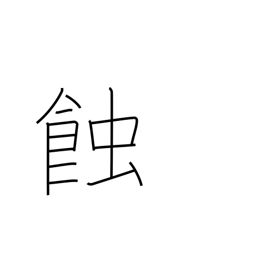
Meaning: eclipse